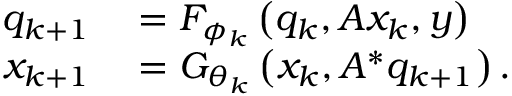
\begin{array} { r l } { q _ { k + 1 } } & { { } = F _ { \phi _ { k } } \left( q _ { k } , A x _ { k } , y \right) } \\ { x _ { k + 1 } } & { { } = G _ { \theta _ { k } } \left( x _ { k } , A ^ { * } q _ { k + 1 } \right) . } \end{array}